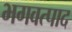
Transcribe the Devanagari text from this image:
भगवत्पाद